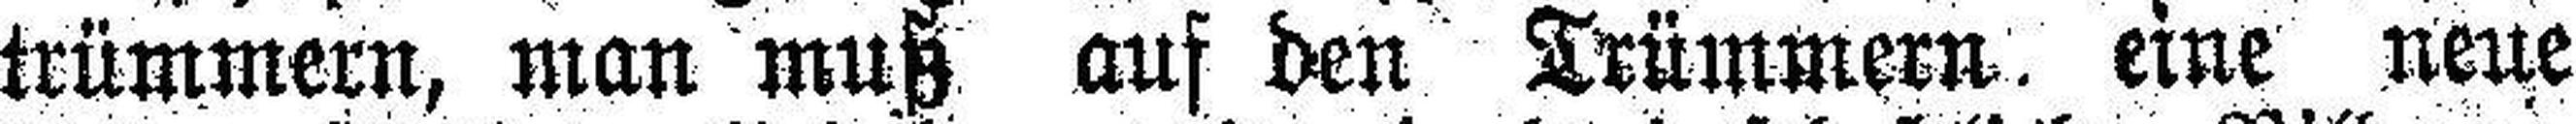
trümmern, man muß auf den Trümmern, eine neue